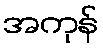
အကုန်